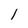
Character: 1